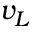
v _ { L }